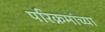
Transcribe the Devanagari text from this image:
परिक्रमांच्या